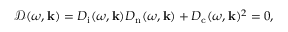
\mathcal { D } ( \omega , \mathbf { k } ) = D _ { \mathrm { i } } ( \omega , \mathbf { k } ) D _ { \mathrm { n } } ( \omega , \mathbf { k } ) + D _ { \mathrm { c } } ( \omega , \mathbf { k } ) ^ { 2 } = 0 ,